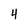
Character: 4